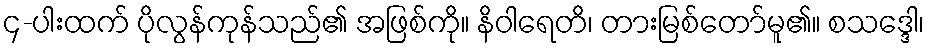
၄-ပါးထက် ပိုလွန်ကုန်သည်၏ အဖြစ်ကို။ နိဝါရေတိ၊ တားမြစ်တော်မူ၏။ စသဒ္ဒေါ၊